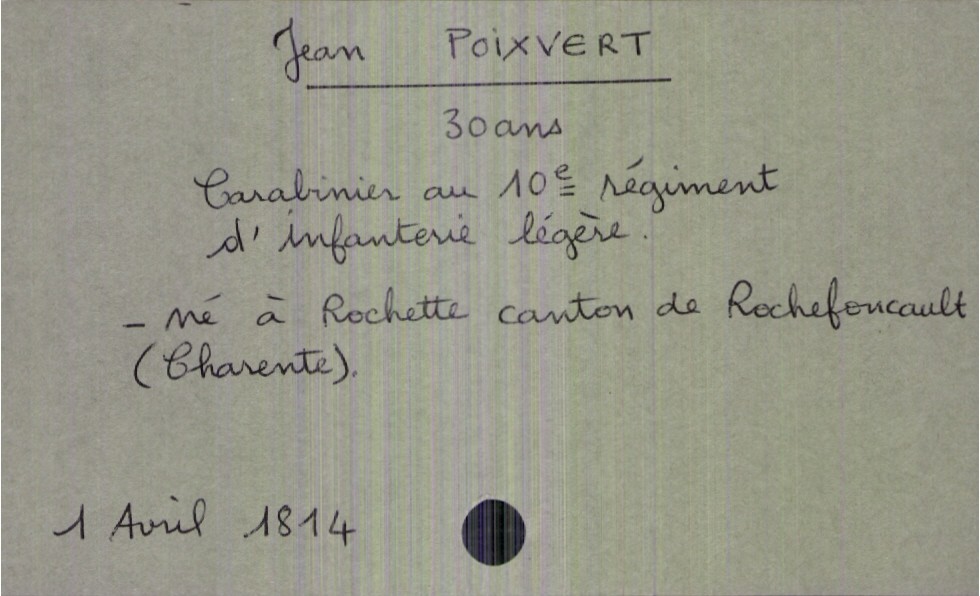
type_acte: Décès
année: 1814
mois: avril
jour: 1
défunt_nom: Poixvert
défunt_prénom: Jean
défunt_sexe: H
défunt_âge: 30 ans
défunt_profession: carabinier au 10e régiment d'infanterie légère
défunt_lieu_de_naissance: Rochette canton de Rochefoucault (Charente)